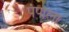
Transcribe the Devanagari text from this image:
पंपाला